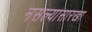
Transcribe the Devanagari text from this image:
नसल्यासारखा